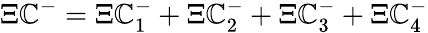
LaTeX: \Xi\mathbb{C}^{-}=\Xi\mathbb{C}_{1}^{-}+\Xi\mathbb{C}_{2}^{-}+\Xi\mathbb{C}_{3}^{-}+\Xi\mathbb{C}_{4}^{-}